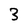
Character: 3